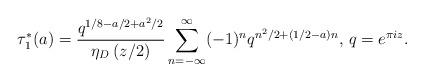
LaTeX: \begin{align*}\tau_1^{*}(a)=\frac{q^{1/8-a/2+a^2/2}}{\eta_D\left(z/2\right)}\sum^{\infty}_{n=-\infty}(-1)^nq^{n^2/2+(1/2-a)n}\textrm{, }q=e^{\pi i z}.\end{align*}